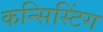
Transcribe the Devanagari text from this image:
कन्सिस्टिंग